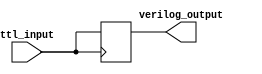
module IO_Block_TTL_Buffer (
    input wire ttl_input,
    output reg verilog_output
);

always @ (posedge ttl_input)
begin
    verilog_output <= ttl_input;
end

endmodule